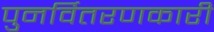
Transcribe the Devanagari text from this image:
पुनर्वितरणकारी